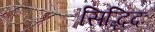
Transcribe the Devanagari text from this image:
सिद्धिदः